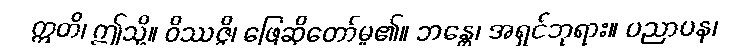
ဣတိ၊ ဤသို့။ ဝိဿဇ္ဇိ၊ ဖြေဆိုတော်မူ၏။ ဘန္တေ၊ အရှင်ဘုရား။ ပညာပန၊